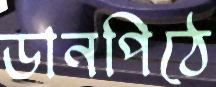
ডানপিঠে